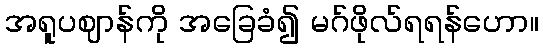
အရူပဈာန်ကို အခြေခံ၍ မဂ်ဖိုလ်ရရန်ဟော။